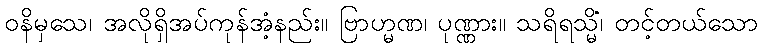
ဝနိမှသေ၊ အလိုရှိအပ်ကုန်အံ့နည်း။ ဗြာဟ္မဏ၊ ပုဏ္ဏား။ သရိရသ္မိံ၊ တင့်တယ်သော